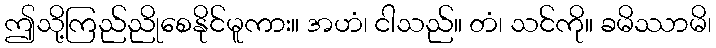
ဤသို့ကြည်ညိုစေနိုင်မူကား။ အဟံ၊ ငါသည်။ တံ၊ သင်ကို။ ခမိဿာမိ၊